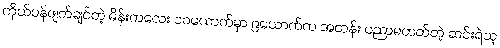
ကိုယ်ဝန်ဖျက်ချင်တဲ့ မိန်းကလေး ၁၀ယောက်မှာ ၉ယောက်က အတန်း ပညာမတတ်တဲ့ ဆင်းရဲသူ